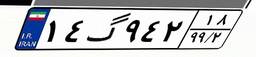
۱۴گ۹۴۲۱۸